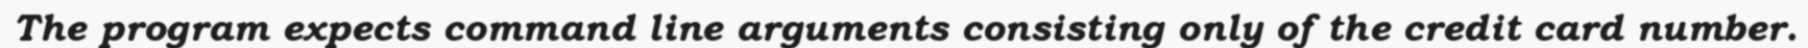
The program expects command line arguments consisting only of the credit card number.